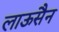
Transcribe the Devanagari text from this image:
लाऊसैन